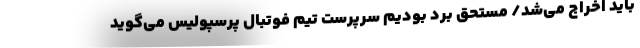
باید اخراج می‌شد/ مستحق برد بودیم سرپرست تیم فوتبال پرسپولیس می‌گوید